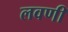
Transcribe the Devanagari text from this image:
लवणी